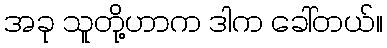
အခု သူတို့ဟာက ဒါက ခေါ်တယ်။